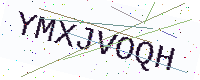
Text: YMXJVOQH